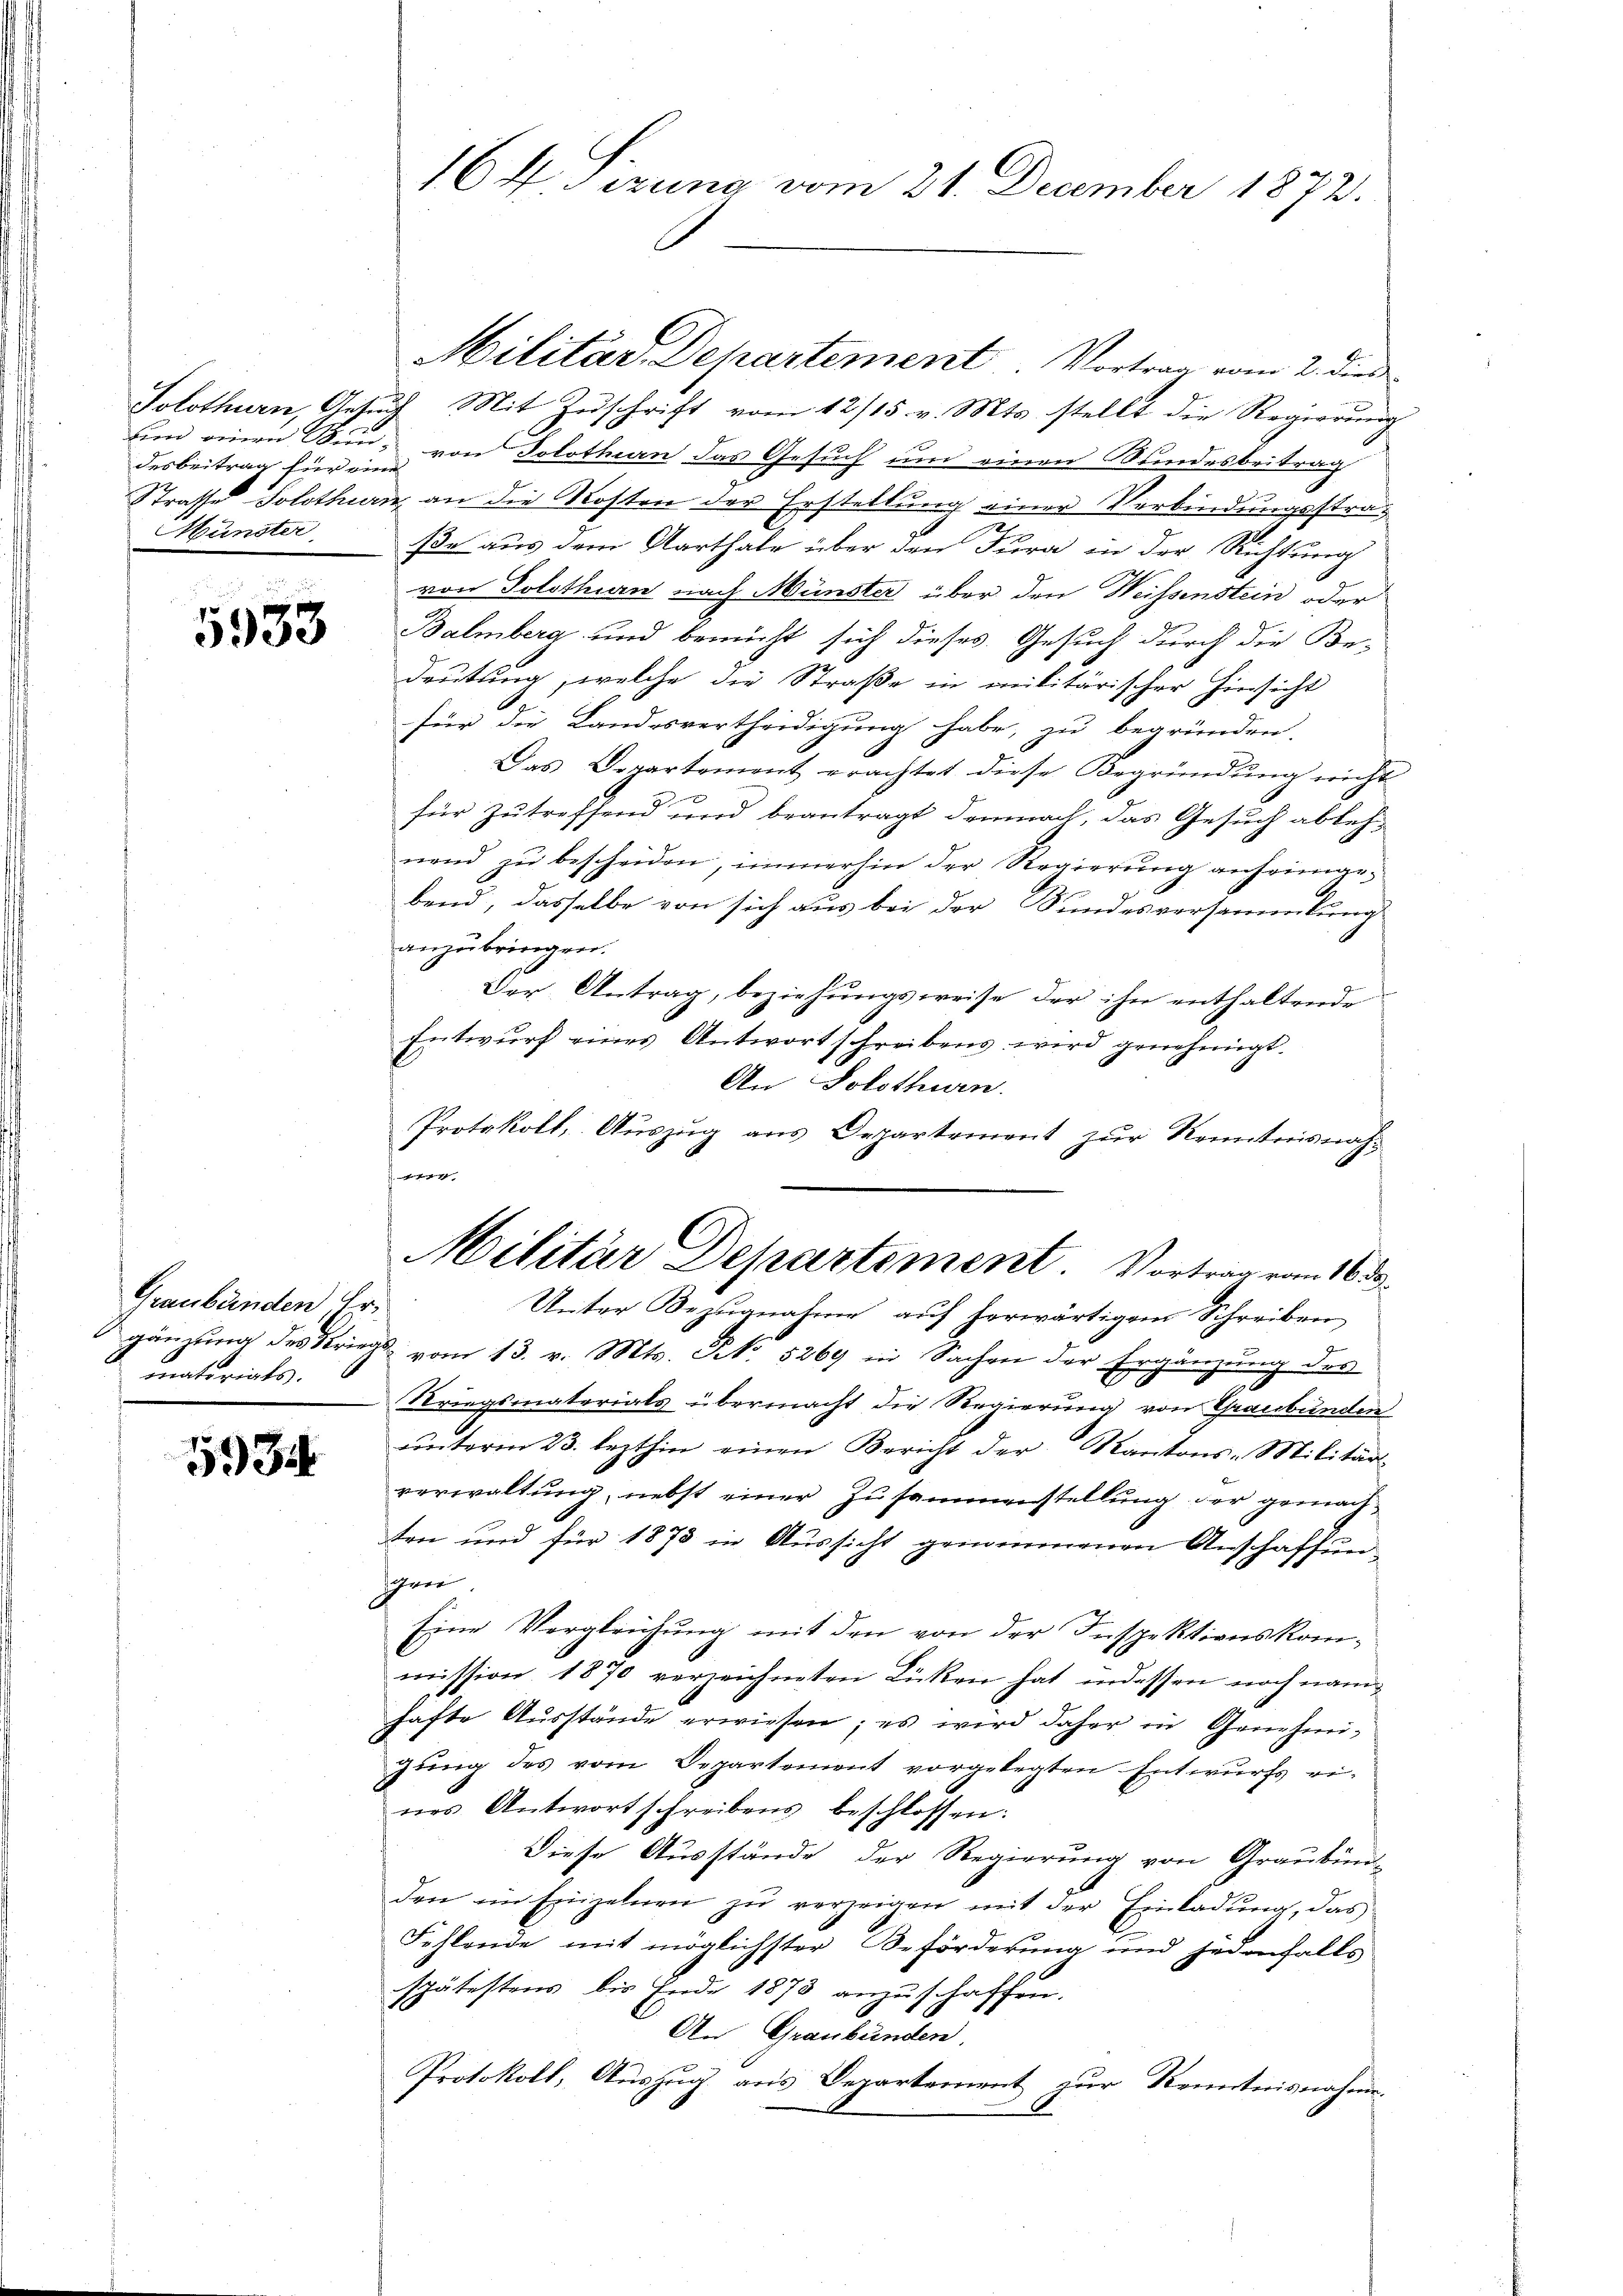
desbeitrag für eine
Münster

5933

Graubünden Er
matoriats.

593

Militär-Departement. Vortrag vom 2. dies
Solothurn, Gesuch Mit Zuschrift vom 12/15. v. Mts. stellt die Regierung
bin einen Sind von Solothurn das Gesuch und einen Wundesbeitrag
Strasse Solothurn an die Kosten der Erstellung einer Verbindungsstraße aus dem Aarthale über den Jura in der Richtung
von Solothurn nach Münster über den Weissenstein oder
Balmberg und bemüht sich dieses Gesuch durch die Be-
deutung, welche die Straße in militärischer Hinsicht
für die Landesvertheidigung habe, zu begründen.
Das Departement erachtet diese Begründung nicht
für zutreffend und beantragt demnach, das Gesuch ablehnend zŭ bescheiden, immerhin der Regierung anheimgebend, dasselbe von sich aus bei der Kundesversammlung
anzubringen.
Der Antrag, beziehungsweise der ihn enthaltende
Entwurf eines Antwortschreibens wird genehmigt.
An Solothurn.
Protokoll, Auszug aus Departement zur Kenntnisnah¬
414.

16 f. Pirung vom 21. December 1872.

Militär Departement. Vortrag vom 16. 33.
Unter Bezugnahme auf herwärtigem Schreiben

gänzŭng des Kriegs vom 13. v. Mts. Frk. 5269 in Sachen der Ergänzung des
Kriegsmaterials übermacht die Regierung von Graubünden
ŭnterm 23. lezthin einen Bericht der Kantons-Militär-
verwaltung, nebst einer Zusammenstellung der gemachten und für 1873 in Aussicht genommenen Anschaffun-
gen.
Eine Vergleichung mit den von der Inspektionskommission 1870 verzeichneten Lücken hat indessen noch namhafte Aŭsstände erwiesen; es wird daher in Genehmi-
zung des vom Departement vorgelegten Entwurfs ei-
nes Antwortschreibens beschlossen:
Diese Ausstände der Regierung von Graubün-
den im Einzelnen zŭ verzeigen mit der Einladŭng, das
Fehlende mit möglichster Beförderung und jedenfalls
spätestens bis Ende 1873 anzuschaffen.
An Graubünden,
Protokoll, Auszug aus Departement zur Kenntnisnahme.